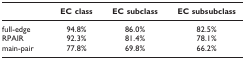
<table><thead><tr><td></td><td><b>EC class</b></td><td><b>EC subclass</b></td><td><b>EC subsubclass</b></td></tr></thead><tbody><tr><td>full-edge</td><td>94.8%</td><td>86.0%</td><td>82.5%</td></tr><tr><td>RPAIR</td><td>92.3%</td><td>81.4%</td><td>78.1%</td></tr><tr><td>main-pair</td><td>77.8%</td><td>69.8%</td><td>66.2%</td></tr></tbody></table>